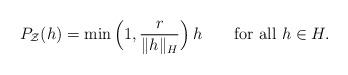
LaTeX: \begin{align*} P_{\mathcal{Z}}(h) = \min{\Big(1,\frac{r}{\|h\|_H}\Big)}\,h \qquad\mbox{for all } h \in H.\end{align*}